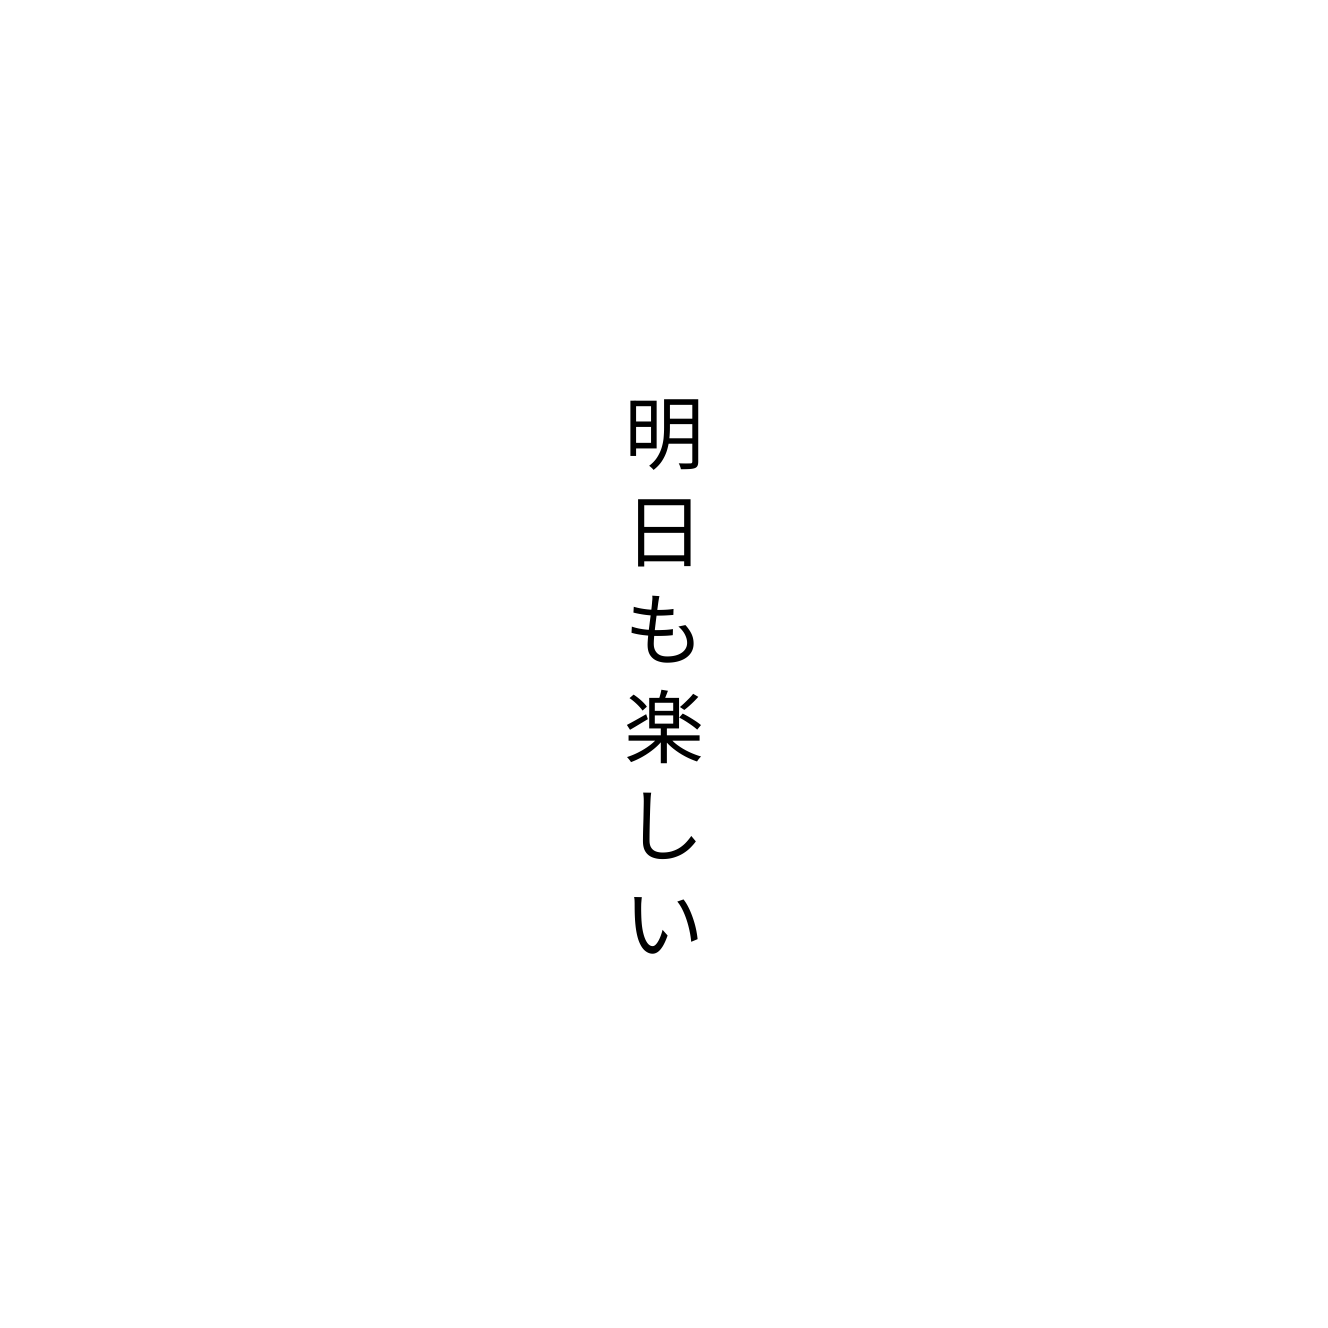
明日も楽しい